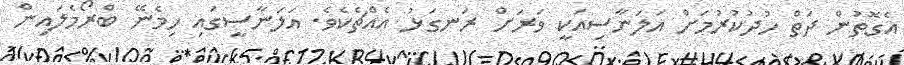
އެގޮތުން ދަތް ހުދުކުރުމަށް އަލަނާސިއަކީ ވަރަށް ރަނގަޅު އެއްޗެކެވެ. އަލަނާސީގައި ހިމެނޭ ބްރޯމެލައިން